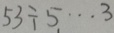
5 3 \div 5 \cdots 3